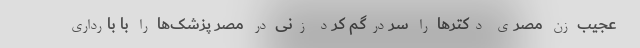
عجیب زن مصری دکتر‌ها را سردرگم کرد زنی در مصر پزشک‌ها را با بارداری